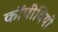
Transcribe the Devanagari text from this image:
कोंवीवियो